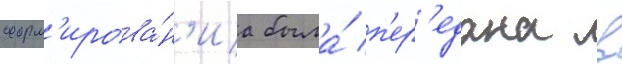
форм'ирова́н'иа была́ п'ер'едана в